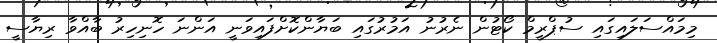
މިމައްސަލައިގައި ސުޕްރީމް ކޯޓުން ނެރުނު އަމުރުގައި ބަޔާންކޮށްފައިވަނީ އަންނަ ހޮނިހިރު ބާއްވާ ރިޔާސީ